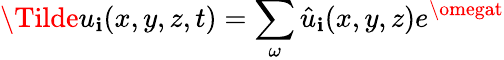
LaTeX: \Tilde{u}_{\mathbf{i}}(x,y,z,t)=\sum_{\omega}\hat{{u}}_{\mathbf{i}}(x,y,z)e^{\omegat}